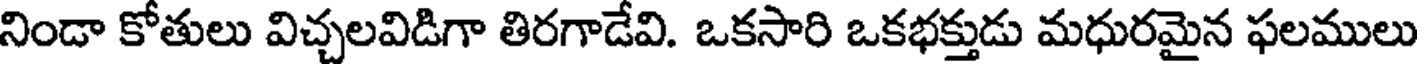
నిండా కోతులు విచ్చలవిడిగా తిరగాడేవి. ఒకసారి ఒకభక్తుడు మధురమైన ఫలములు